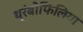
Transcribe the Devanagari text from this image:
थ्रंबोफिलिया